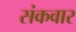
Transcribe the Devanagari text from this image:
संकवार